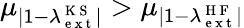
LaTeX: \mu_{|1-\lambda_{\mathrm{~e~x~t~}}^{\mathrm{~K~S~}}|}>\mu_{|1-\lambda_{\mathrm{~e~x~t~}}^{\mathrm{~H~F~}}|}